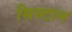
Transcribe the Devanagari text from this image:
सिस्टान